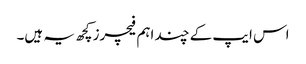
اس ایپ کے چند اہم فیچرز کچھ یہ ہیں۔